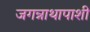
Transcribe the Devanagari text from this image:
जगन्नाथापाशी